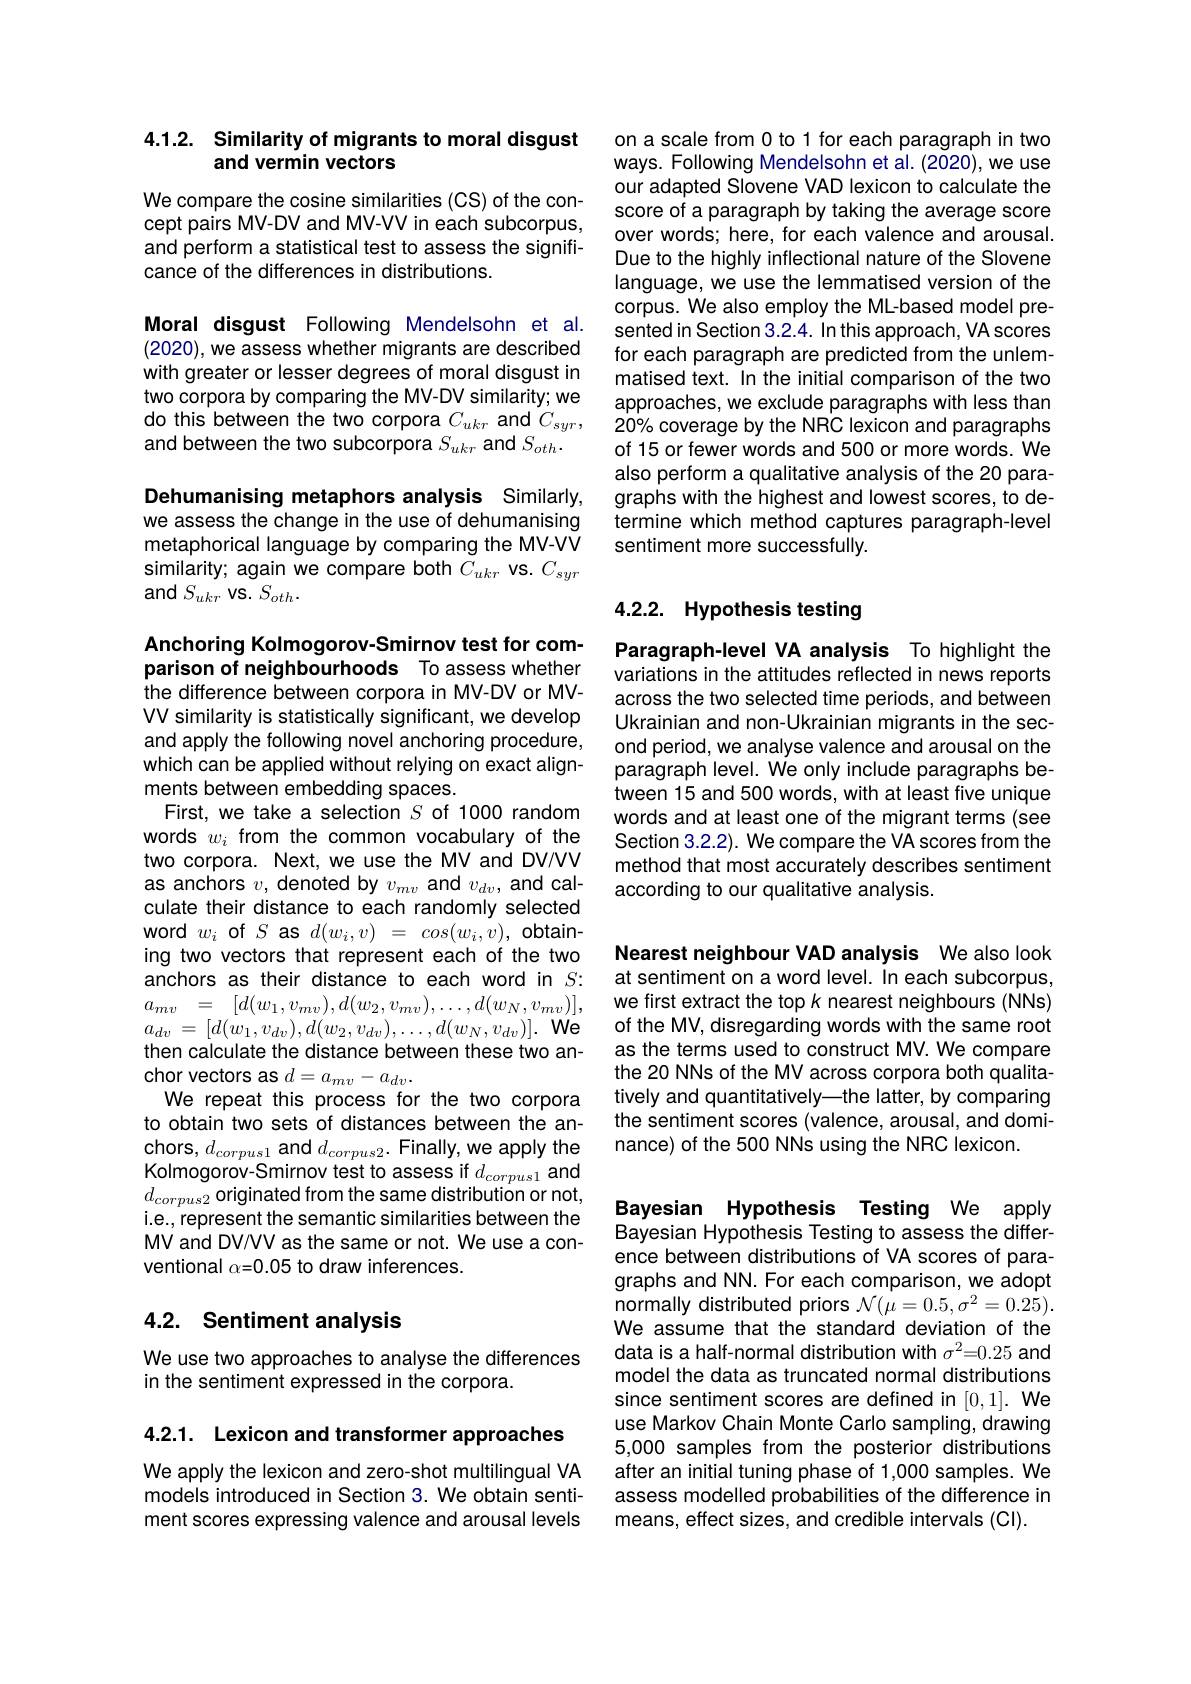
## 4.1.2. Similarity of migrants to moral disgust and vermin vectors

We compare the cosine similarities (CS) of the concept pairs MV-DV and MV-VV in each subcorpus, and perform a statistical test to assess the significance of the differences in distributions.

Moral disgust Following Mendelsohn et al. (2020), we assess whether migrants are described with greater or lesser degrees of moral disgust in two corpora by comparing the MV-DV similarity; we and between the two subcorpora $S_ukr$ and $S_{oth}.$

Dehumanising metaphors analysis Similarly, we assess the change in the use of dehumanising metaphorical language by comparing the MV-VV similarity; again we compare both $C_ukr\textbf{vs. }C_{syr}$ and $S_{ukr}$ VS. $S_oth.$

Anchoring Kolmogorov-Smirnov test for comparison of neighbourhoods To assess whether the difference between corpora in MV-DV or MV-

VV similarity is statistically significant, we develop and apply the following novel anchoring procedure, which can be applied without relying on exact alignments between embedding spaces.
First, we take a selection $S$ of 1000 random words $w_i$ from the common vocabulary of the two corpora. Next, we use the MV and DV/NV as anchors $v$, denoted by $v_mv$ and $v_{dv}$, and calculate their distance to each randomly selected word $w_i$ of $S\textbf{as}d( w_i, v) = cos( w_i, v) $, obtaining two vectors that represent each of the two anchors as their distance to each word in $S:$ $\begin{array}{rcl}a_{mv}&=&[d(w_{1},v_{mv}),d(w_{2},v_{mv}),\ldots,d(w_{N},v_{mv})],\end{array}$ $a_{dv}=[d(w_{1},v_{dv}),d(w_{2},v_{dv}),\ldots,d(w_{N},v_{dv})].$We then calculate the distance between these two anchor vectors as $d=a_{mv}-a_{dv}.$
We repeat this process for the two corpora to obtain two sets of distances between the an- $\begin{array}{c}{\mathrm{chors,~}d_{corpus1}\text{ and }d_{corpus2}.\text{ Finally, we apply the}}\\{\mathrm{chors,~}d_{corpus1}\text{ and }d_{corpus2}.\text{ Finally, we apply the}}\end{array}$ Kolmogorov- Smirnov test to assess if $d_{corpus1}$ and $d_{corpus2}$ originated from the same distribution or not, i.e., represent the semantic similarities between the MV and DV/VV as the same or not. We use a conventional $\alpha=0.05$ to draw inferences.

## 4.2. Sentiment analysis

We use two approaches to analyse the differences
in the sentiment expressed in the corpora.

4.2.1. Lexicon and transformer approaches

We apply the lexicon and zero-shot multilingual VA models introduced in Section 3. We obtain sentiment scores expressing valence and arousal levels

on a scale from 0 to 1 for each paragraph in two ways. Following Mendelsohn et al. (2020), we use our adapted Slovene VAD lexicon to calculate the score of a paragraph by taking the average score over words; here, for each valence and arousal. Due to the highly inflectional nature of the Slovene language, we use the lemmatised version of the corpus. We also employ the ML-based model presented in Section 3.2.4. In this approach, VA scores for each paragraph are predicted from the unlemmatised text. In the initial comparison of the two approaches, we exclude paragraphs with less than
do this between the two corpora $C_{ukr}$ and $C_{syr}$, $20\%$ coverage by the NRC lexicon and paragraphs Win less tran do this between the two corpora $C_{ukr}$ and $C_{syr}$, $20\%$ coverage by the NRC lexicon and pa ragraphs
of 15 or fewer words and 500 or more words. We also perform a qualitative analysis of the 20 paragraphs with the highest and lowest scores, to determine which method captures paragraph-level sentiment more successfully.

### 4.2.2. Hypothesis testing

Paragraph-level VA analysis To highlight the variations in the attitudes reflected in news reports across the two selected time periods, and between Ukrainian and non-Ukrainian migrants in the second period, we analyse valence and arousal on the paragraph level. We only include paragraphs between 15 and 500 words, with at least five unique words and at least one of the migrant terms (see Section 3.2.2). We compare the VA scores from the method that most accurately describes sentiment according to our qualitative analysis.

Nearest neighbour VAD analysis We also look at sentiment on a word level. In each subcorpus, we first extract the top k nearest neighbours (NNs) of the MV, disregarding words with the same root as the terms used to construct MV. We compare the 20 NNs of the MV across corpora both qualitatively and quantitatively—the latter, by comparing the sentiment scores (valence, arousal, and dominance) of the 500 NNs using the NRC lexicon.

Bayesian Hypothesis Testing We apply Bayesian Hypothesis Testing to assess the difference between distributions of VA scores of paragraphs and NN. For each comparison, we adopt normally distributed priors $\mathcal{N}(\dot{\mu}=0.5,\sigma^{2}=0.25).$ We assume that the standard deviation of the data is a half-normal distribution with $\sigma^2=0.25$ and model the data as truncated normal distributions since sentiment scores are defined in [0,1]. We use Markov Chain Monte Carlo sampling, drawing 5,000 samples from the posterior distributions after an initial tuning phase of 1,000 samples. We assess modelled probabilities of the difference in means, effect sizes, and credible intervals (Cl).